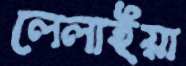
লেলাইয়া